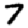
Digit: 7